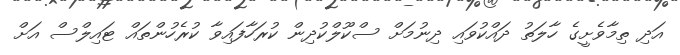
އަދި ތިމާވެށީގެ ހާލަތު ދައްކުވައި ދިނުމަށް ސްކޫލްކުދިން ކުރަހާފައިވާ ކުރެހުންތައް ޓައިލްސް އަށް